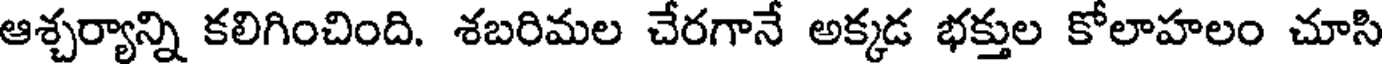
ఆశ్చర్యాన్ని కలిగించింది. శబరిమల చేరగానే అక్కడ భక్తుల కోలాహలం చూసి